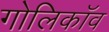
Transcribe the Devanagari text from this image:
गोलिकॉव